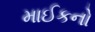
માઈકનો